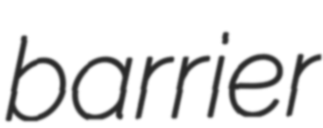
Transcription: barrier